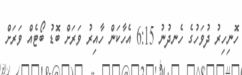
ހޮނިހިރު ދުވަހުގެ ހެނދުނު 6:15 އެހާކަން ހާއިރު ވަރަށް ބޮޑު ބޯޓެއް ވަރަށް